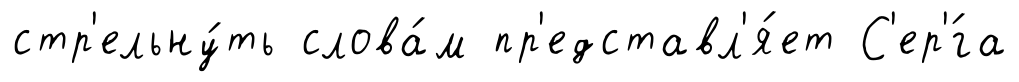
стр'ельну́ть слова́м пр'едставл'я́ет С'ер'́га